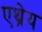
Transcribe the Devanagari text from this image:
एथ्रेय